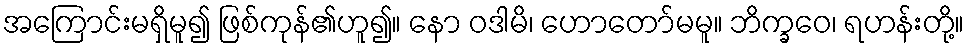
အကြောင်းမရှိမူ၍ ဖြစ်ကုန်၏ဟူ၍။ နော ဝဒါမိ၊ ဟောတော်မမူ။ ဘိက္ခဝေ၊ ရဟန်းတို့။